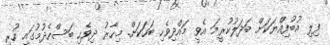
ފިލި އުބުފިއްޔަކަށް ބަދަލުކުރީމަ އެވީ މައްދިވެހި ބަހަކަށް. މިހާރު ދިވެހި ބަސްހެދުމުގައި ހުރި